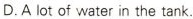
D.A lot of water in the tank.